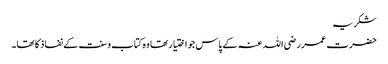
شکریہ
حضرت عمر رضی اللہ عنہ کے پاس جو اختیار تھا وہ کتاب وسنت کے نفاذ کا تھا۔